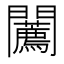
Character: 𨷳